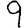
Digit: 9